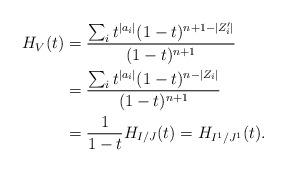
LaTeX: \begin{align*} H_V(t) &= \frac{\sum_i t^{|a_i|} (1-t)^{n+1-|Z'_i|}}{(1-t)^{n+1}} \\ &= \frac{\sum_i t^{|a_i|} (1-t)^{n-|Z_i|}}{(1-t)^{n+1}} \\ &= \frac{1}{1-t} H_{I/J}(t) = H_{I^1/J^1}(t).\end{align*}